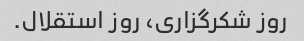
روز شکرگزاری، روز استقلال.